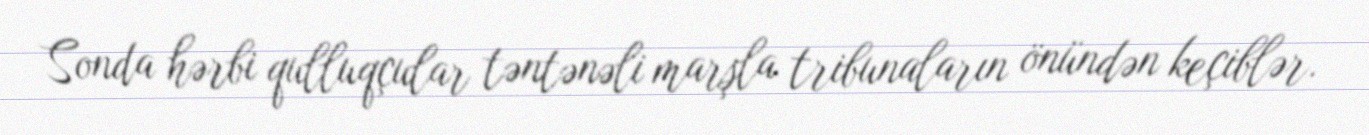
Sonda hərbi qulluqçular təntənəli marşla tribunaların önündən keçiblər.